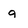
Character: 9